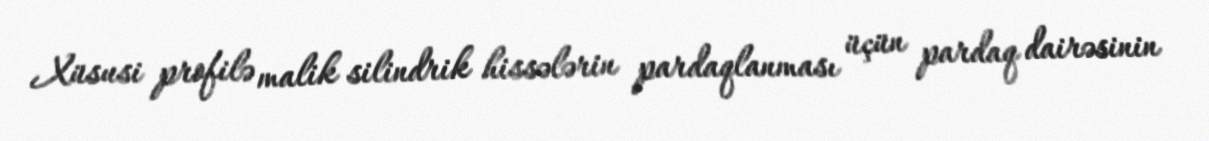
Xüsusi profilə malik silindrik hissələrin pardaqlanması üçün pardaq dairəsinin